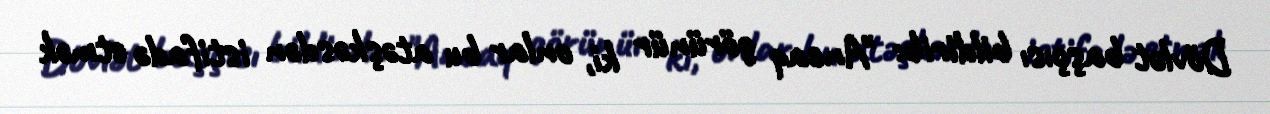
Dövlət başçısı bildirib: "Ancaq görünür ki, onlar bu atəşkəsdən istifadə etmək